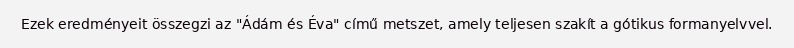
Ezek eredményeit összegzi az "Ádám és Éva" című metszet, amely teljesen szakít a gótikus formanyelvvel.